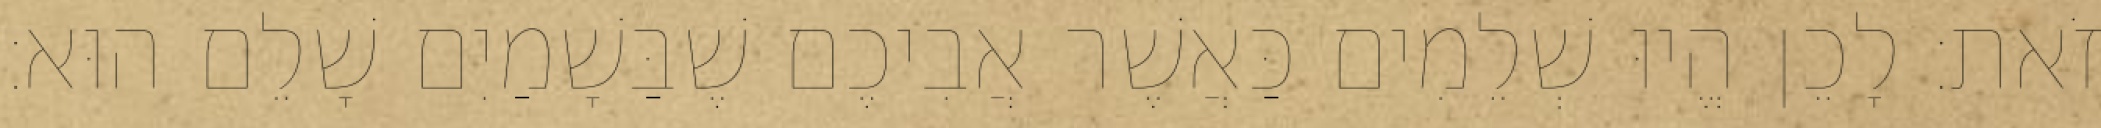
זֹאת׃ לָכֵן הֱיוּ שְׁלֵמִים כַּאֲשֶׁר אֲבִיכֶם שֶׁבַּשָׁמַיִם שָׁלֵם הוּא׃